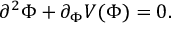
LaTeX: \partial ^ { 2 } \Phi + \partial _ { \Phi } V ( \Phi ) = 0 .